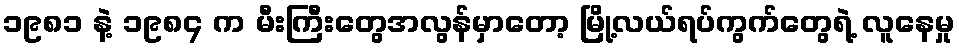
၁၉၈၁ နဲ့ ၁၉၈၄ က မီးကြီးတွေအလွန်မှာတော့ မြို့လယ်ရပ်ကွက်တွေရဲ့ လူနေမှု